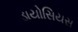
ડાયોસિયસ